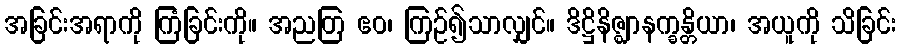
အခြင်းအရာကို ကြံခြင်းကို။ အညတြ ဧဝ၊ ကြဉ်၍သာလျှင်။ ဒိဋ္ဌိနိဇ္ဈာနက္ခန္တိယာ၊ အယူကို သိခြင်း